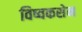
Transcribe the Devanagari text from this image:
विष्वकसेन